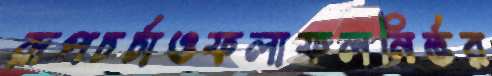
রূপচর্চাওফলাফলনির্ভর